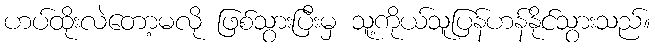
ဟပ်ထိုးလဲတော့မလို ဖြစ်သွားပြီးမှ သူ့ကိုယ်သူပြန်ဟန်နိုင်သွားသည်။